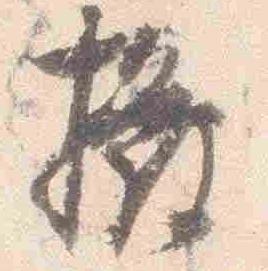
撥